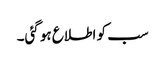
سب کو اطلاع ہو گئی۔